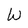
Character: W